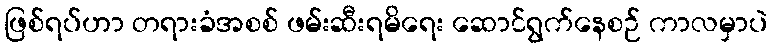
ဖြစ်ရပ်ဟာ တရားခံအစစ် ဖမ်းဆီးရမိရေး ဆောင်ရွက်နေစဉ် ကာလမှာပဲ